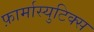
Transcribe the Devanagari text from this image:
फ़ार्मास्युटिक्स